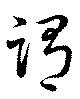
謂